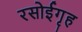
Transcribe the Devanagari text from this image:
रसोईगृह